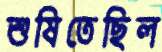
শুষিতেছিল